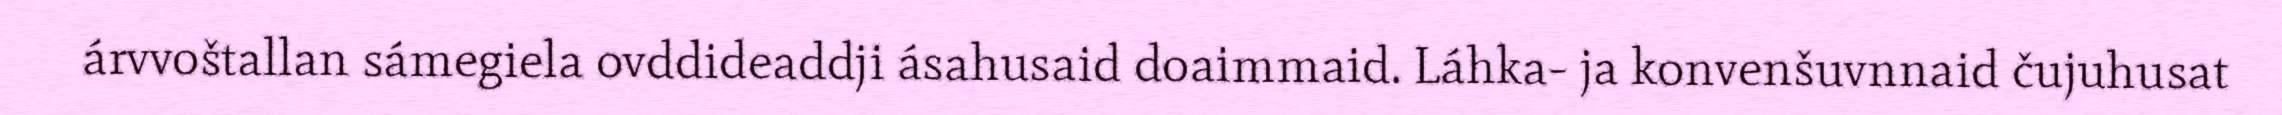
árvvoštallan sámegiela ovddideaddji ásahusaid doaimmaid. Láhka- ja konvenšuvnnaid čujuhusat